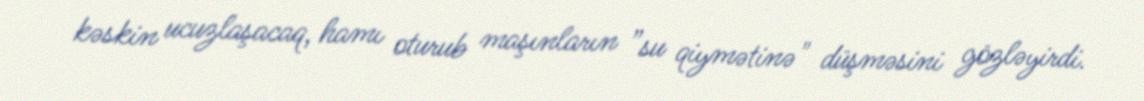
kəskin ucuzlaşacaq, hamı oturub maşınların ”su qiymətinə" düşməsini gözləyirdi.